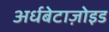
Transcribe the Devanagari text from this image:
अर्धबेटाज़ोइड